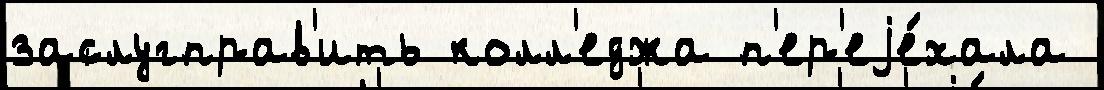
заслугправ'ить колл'еджа п'ер'еjе́хала